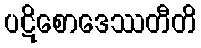
ပဋိစောဒေဿတီတိ